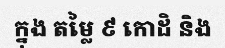
ក្នុង តម្លៃ ៩ កោដិ និង